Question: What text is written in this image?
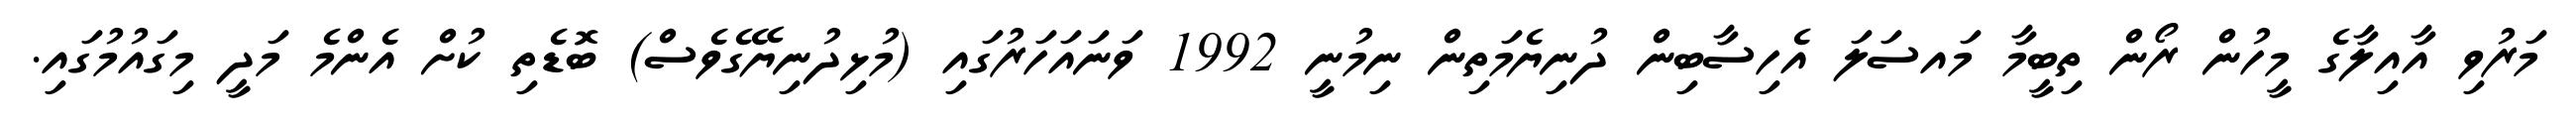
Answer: މަރުވި އާއިލާގެ މީހުން ރޯން ތިބީމާ މައސަލަ އެހިސާބިން ދުނިޔެމަތިން ނިމުނީ 1992 ވަނައަހަރުގައި (މުޅިދުނިޔޭގެވެސް) ބޮޑެތި ކުށް އެންމެ މަދީ މިގައުމުގައި.